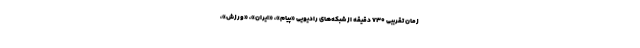
زمان تقریبی ۷۳۰ دقیقه از شبکه‌های رادیویی «پیام»، «ایران»، «ورزش»،